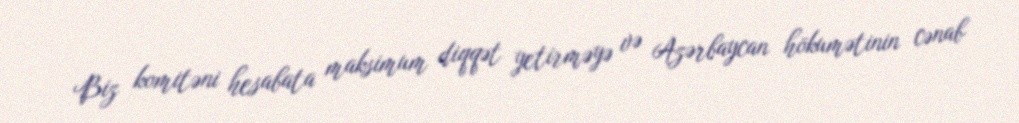
Biz komitəni hesabata maksimum diqqət yetirməyə və Azərbaycan hökumətinin cənab